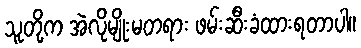
သူတို့က အဲလိုမျိုးမတရား ဖမ်းဆီးခံထားရတာပါ။